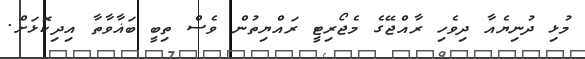
މުޅި ދުނިޔެއާ ދިވެހި ރާއްޖޭގެ މެޖޯރިޓީ ރައްޔިތުން ވެސް ތިބީ ބަޣާވާތާ އިދިކޮޅަށް.